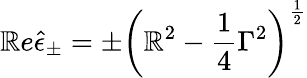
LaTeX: \mathbb{R}e\hat{{\epsilon}}_{\pm}=\pm\left(\mathbb{R}^{2}-\frac{1}{4}\Gamma^{2}\right)^{\frac{1}{2}}